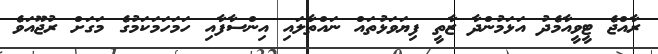
ރާއްޖެ ޓީވީއާމެދު އަޅަމުންދާ ޒާތީ ފިޔަވަޅުތައް ނައްތާލައި އިންސާފާއި ހަމަހަމަކަމުގެ މަގަށް ރުޖޫއަވެ